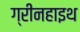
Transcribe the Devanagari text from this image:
ग्रीनहाइथ